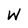
Character: W